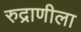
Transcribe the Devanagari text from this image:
रुद्राणीला